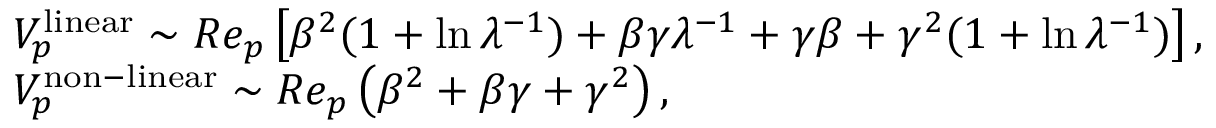
\begin{array} { r l } & { V _ { p } ^ { \mathrm { l i n e a r } } \sim R e _ { p } \left[ \beta ^ { 2 } ( 1 + \ln \lambda ^ { - 1 } ) + \beta \gamma \lambda ^ { - 1 } + \gamma \beta + \gamma ^ { 2 } ( 1 + \ln \lambda ^ { - 1 } ) \right] , } \\ & { V _ { p } ^ { \mathrm { n o n - l i n e a r } } \sim R e _ { p } \left( \beta ^ { 2 } + \beta \gamma + \gamma ^ { 2 } \right) , } \end{array}